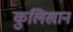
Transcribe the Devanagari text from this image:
कुलिखान